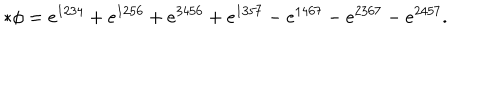
* \phi = e ^ { 1 2 3 4 } + e ^ { 1 2 5 6 } + e ^ { 3 4 5 6 } + e ^ { 1 3 5 7 } - e ^ { 1 4 6 7 } - e ^ { 2 3 6 7 } - e ^ { 2 4 5 7 } .